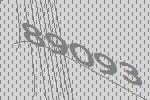
89093